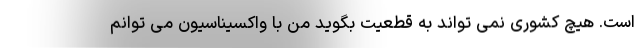
است. هیچ کشوری نمی تواند به قطعیت بگوید من با واکسیناسیون می توانم